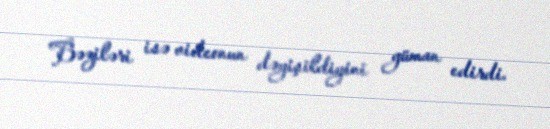
Bəziləri isə videonun dəyişildiyini güman edirdi.